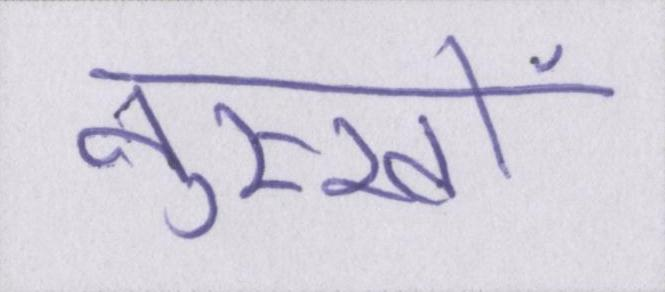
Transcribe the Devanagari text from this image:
नुस्खों